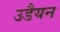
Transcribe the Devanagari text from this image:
उडैयन